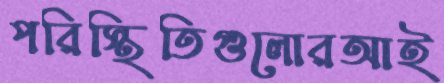
পরিস্থিতিগুলোরআই